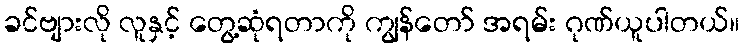
ခင်ဗျားလို လူနှင့် တွေ့ဆုံရတာကို ကျွန်တော် အရမ်း ဂုဏ်ယူပါတယ်။